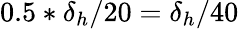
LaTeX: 0.5*\delta_{h}/20=\delta_{h}/40